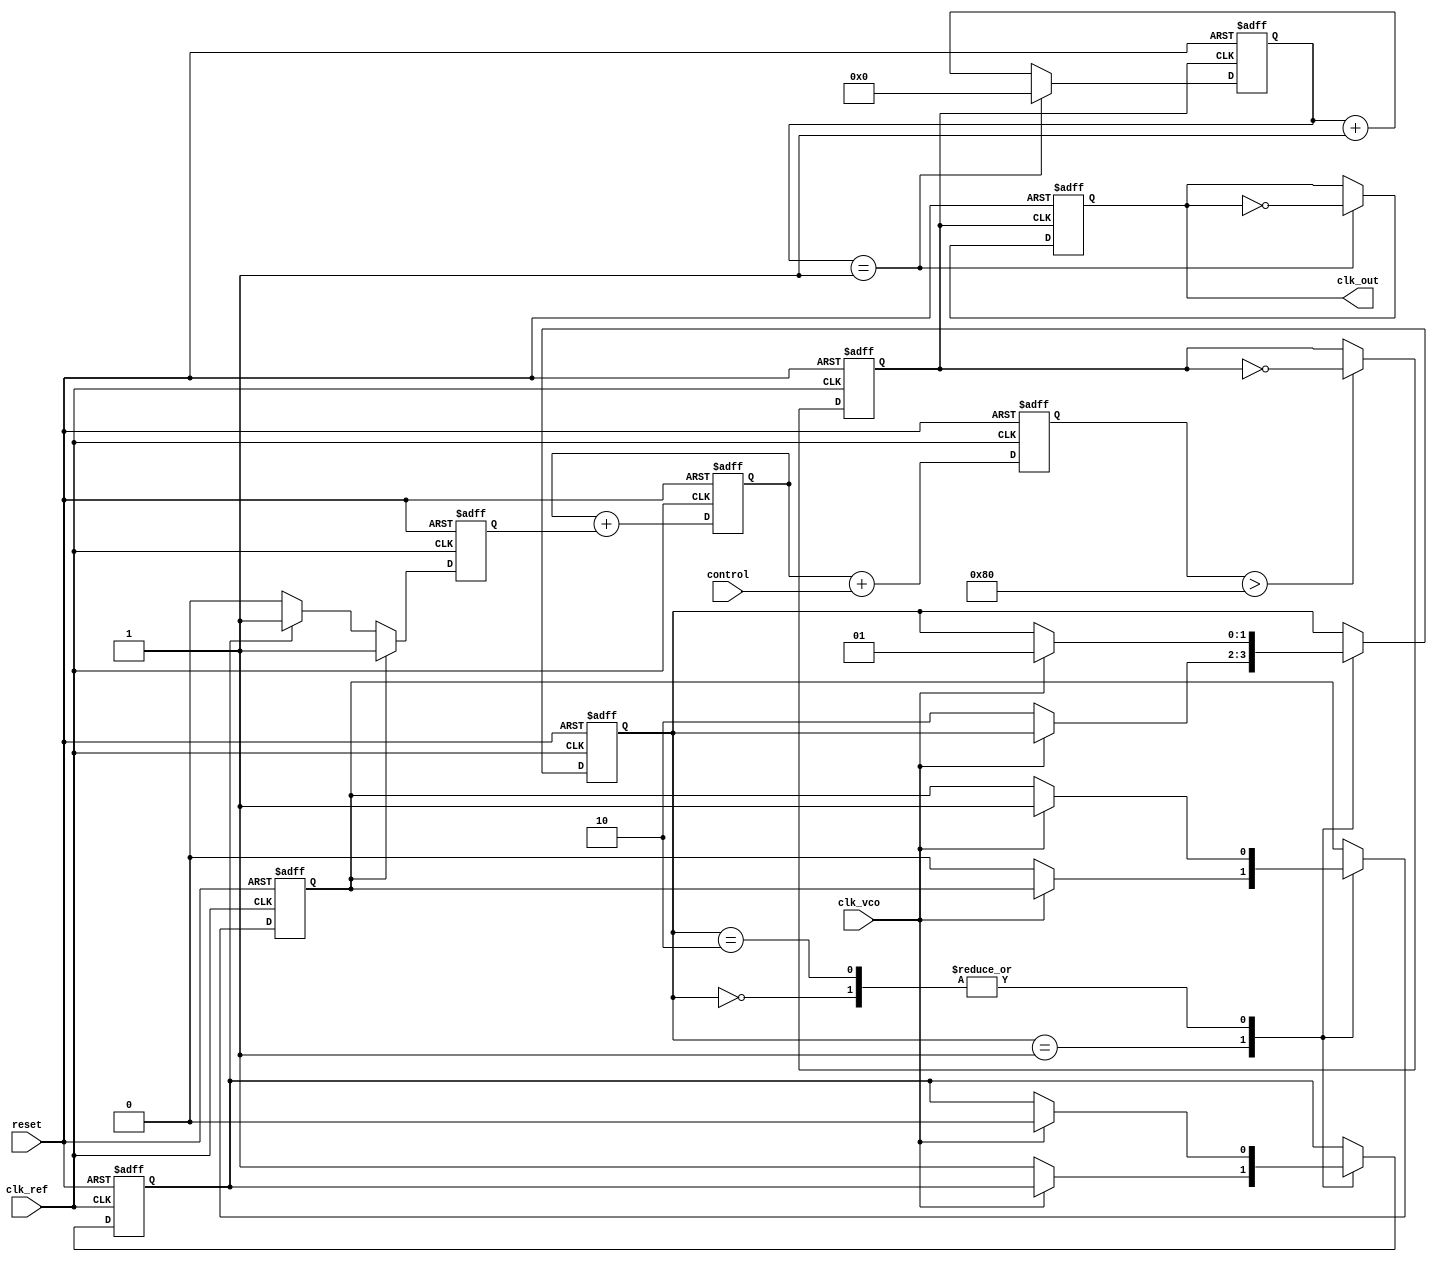
module adpll (
    input wire clk_ref,             // Reference clock input
    input wire clk_vco,             // VCO clock input (feedback)
    input wire reset,               // Asynchronous reset
    input wire [7:0] control,       // Control signals for tuning
    output reg clk_out              // Output clock
);

// PFD signals
reg up, down;
reg [1:0] state;

// Charge Pump signals
reg cp_out;

// Loop Filter
reg [7:0] loop_filter;

// VCO
reg [7:0] vco_freq;
reg vco_clk;

// Frequency Divider
reg [3:0] div_counter;
reg [3:0] div_ratio = 4'd2; // Example division ratio

// State Machine for PFD
always @(posedge clk_ref or posedge reset) begin
    if (reset) begin
        state <= 2'b00;
        up <= 0;
        down <= 0;
    end else begin
        case (state)
            2'b00: begin // Idle state
                if (clk_vco) begin
                    up <= 1;
                    down <= 0;
                    state <= 2'b01; // VCO is leading
                end
            end
            2'b01: begin // VCO leading
                if (!clk_vco) begin
                    up <= 0;
                    down <= 1;
                    state <= 2'b10; // VCO is lagging
                end
            end
            2'b10: begin // VCO lagging
                if (clk_vco) begin
                    up <= 1;
                    down <= 0;
                    state <= 2'b01; // VCO is leading
                end
            end
        endcase
    end
end

// Charge Pump
always @(posedge clk_ref or posedge reset) begin
    if (reset) begin
        cp_out <= 0;
    end else begin
        if (up) begin
            cp_out <= 1; // Charge up
        end else if (down) begin
            cp_out <= -1; // Charge down
        end else begin
            cp_out <= 0; // No charge
        end
    end
end

// Loop Filter
always @(posedge clk_ref or posedge reset) begin
    if (reset) begin
        loop_filter <= 8'b0;
    end else begin
        loop_filter <= loop_filter + cp_out; // Simple integrator
    end
end

// VCO
always @(posedge clk_ref or posedge reset) begin
    if (reset) begin
        vco_freq <= 8'b0;
        vco_clk <= 0;
    end else begin
        vco_freq <= loop_filter + control; // Control voltage from loop filter
        // Generate VCO clock based on frequency
        if (vco_freq > 8'd128) begin
            vco_clk <= ~vco_clk; // Toggle VCO clock
        end
    end
end

// Frequency Divider
always @(posedge vco_clk or posedge reset) begin
    if (reset) begin
        div_counter <= 4'b0;
        clk_out <= 0;
    end else begin
        if (div_counter == div_ratio - 1) begin
            clk_out <= ~clk_out; // Toggle output clock
            div_counter <= 4'b0;
        end else begin
            div_counter <= div_counter + 1;
        end
    end
end

endmodule